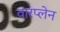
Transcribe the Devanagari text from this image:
वारप्लेन